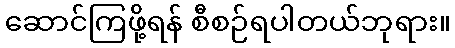
ဆောင်ကြဖို့ရန် စီစဉ်ရပါတယ်ဘုရား။